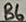
Text: B6